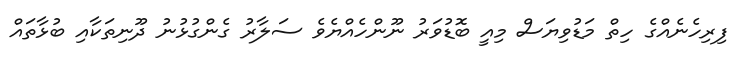
ފިރިހެނެއްގެ ހިތް މަޑުވިޔަސް މިއީ ބޮޑުވަރު ނޫންހެއްޔެވެ ސަލާރު ގެންގުޅުނު ދޫނިތަކާއި ބުޅާތައް